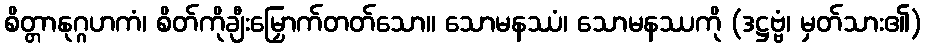
စိတ္တာနုဂ္ဂဟကံ၊ စိတ်ကိုချီးမြှောက်တတ်သော။ သောမနဿံ၊ သောမနဿကို (ဒဋ္ဌဗ္ဗံ၊ မှတ်သား၏)